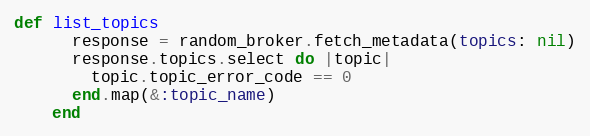
Language: Ruby
def list_topics
      response = random_broker.fetch_metadata(topics: nil)
      response.topics.select do |topic|
        topic.topic_error_code == 0
      end.map(&:topic_name)
    end